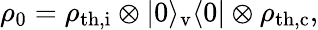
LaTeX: \rho_{0}=\rho_{\mathrm{th,i}}\otimes|0\rangle_{\mathrm{v}}\langle 0|\otimes\rho_{\mathrm{th,c}},